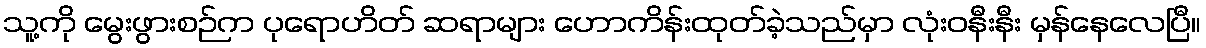
သူ့ကို မွေးဖွားစဉ်က ပုရောဟိတ် ဆရာများ ဟောကိန်းထုတ်ခဲ့သည်မှာ လုံးဝနီးနီး မှန်နေလေပြီ။